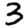
Digit: 3